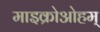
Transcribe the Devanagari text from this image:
माइक्रोओहम्‌